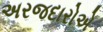
અરજદારોએ